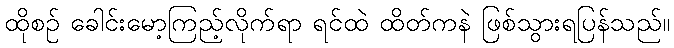
ထိုစဉ် ခေါင်းမော့ကြည့်လိုက်ရာ ရင်ထဲ ထိတ်ကနဲ ဖြစ်သွားရပြန်သည်။